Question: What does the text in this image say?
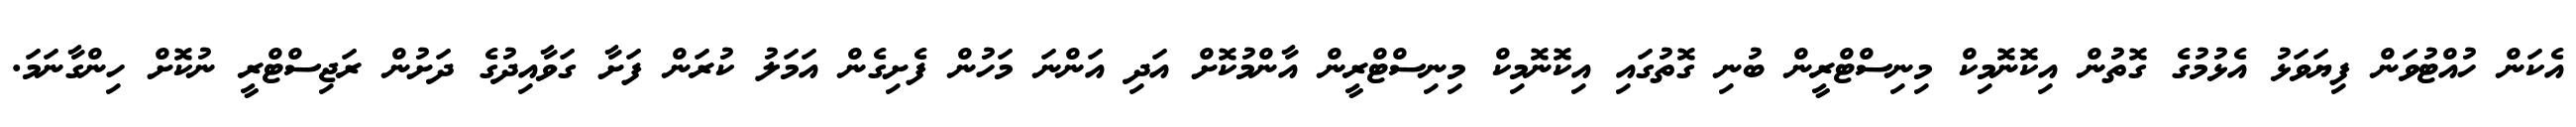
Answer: އެކަން ހުއްޓުވަން ފިޔަވަޅު އެޅުމުގެ ގޮތުން އިކޮނޮމިކް މިނިސްޓްރީން ބުނި ގޮތުގައި އިކޮނޮމިކް މިނިސްޓްރީން އާންމުކޮށް އަދި އަންނަ މަހުން ފެށިގެން އަމަލު ކުރަން ފަށާ ގަވާއިދުގެ ދަށުން ރަޖިސްޓްރީ ނުކޮށް ހިންގާނަމަ.